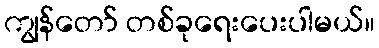
ကျွန်တော် တစ်ခုရေးပေးပါမယ်။